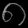
Digit: ၈